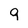
Character: 9